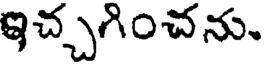
ఇచ్చగించను.